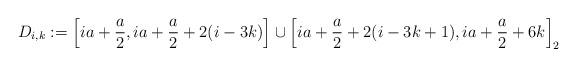
LaTeX: \begin{align*}D_{i,k} & := \left[ i a + \frac{a}{2}, ia + \frac{a}{2} + 2 (i-3k) \right] \cup \left[ i a + \frac{a}{2} + 2 (i-3k+1), i a + \frac{a}{2} + 6 k \right]_2\end{align*}